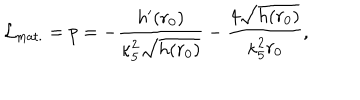
{ \cal L } _ { \mathrm { m a t . } } = p = - \frac { h ^ { \prime } ( r _ { 0 } ) } { \kappa _ { 5 } ^ { 2 } \sqrt { h ( r _ { 0 } ) } } - \frac { 4 \sqrt { h ( r _ { 0 } ) } } { \kappa _ { 5 } ^ { 2 } r _ { 0 } } ,